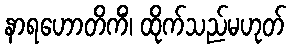
နာရဟောတိကိံ၊ ထိုက်သည်မဟုတ်